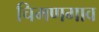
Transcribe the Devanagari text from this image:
चिमणगाव